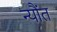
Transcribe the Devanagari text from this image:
न्यौंत